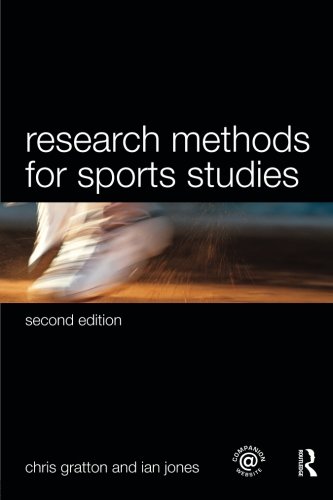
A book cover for Sports Coaching Package Brunel University: Research Methods for Sports Studies; Chris Gratton; Politics & Social Sciences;